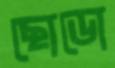
ছোডো